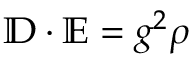
\mathbb { D } \cdot \mathbb { E } = g ^ { 2 } \rho